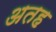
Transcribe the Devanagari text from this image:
अतह